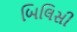
બિલિસી